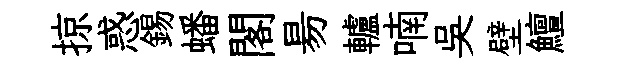
掠惑錫蟠閣昜轤喃吴壁鱣